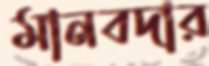
মানবদার